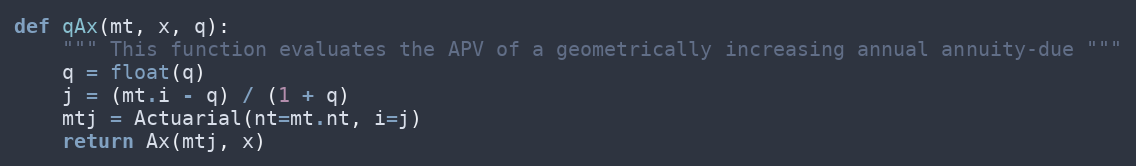
Language: Python
def qAx(mt, x, q):
    """ This function evaluates the APV of a geometrically increasing annual annuity-due """
    q = float(q)
    j = (mt.i - q) / (1 + q)
    mtj = Actuarial(nt=mt.nt, i=j)
    return Ax(mtj, x)